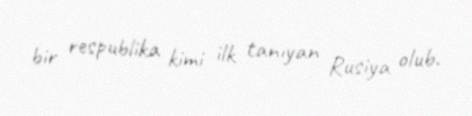
bir respublika kimi ilk tanıyan Rusiya olub.